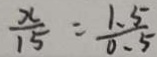
\frac { x } { 1 5 } = \frac { 1 . 5 } { 0 . 5 }